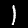
Label: 1